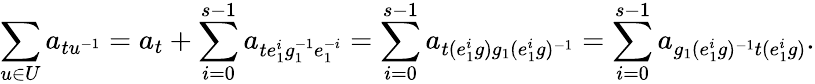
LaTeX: \sum_{u\in U}a_{tu^{-1}}=a_{t}+\sum_{i=0}^{s-1}a_{te_{1}^{i}g_{1}^{-1}e_{1}^{-i}}=\sum_{i=0}^{s-1}a_{t(e_{1}^{i}g)g_{1}(e_{1}^{i}g)^{-1}}=\sum_{i=0}^{s-1}a_{g_{1}(e_{1}^{i}g)^{-1}t(e_{1}^{i}g)}.